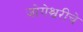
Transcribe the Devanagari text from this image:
जोगेश्वरीचे